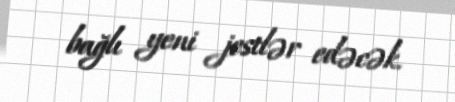
bağlı yeni jestlər edəcək.